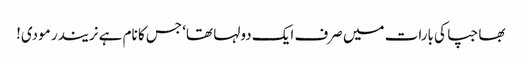
بھاجپا کی بارات میں صرف ایک دولہا تھا‘ جس کا نام ہے نریندر مودی!